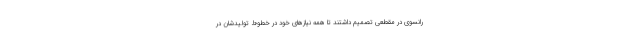
رانسوی در مقطعی تصمیم داشتند تا همه نیازهای خود در خطوط تولیدشان در